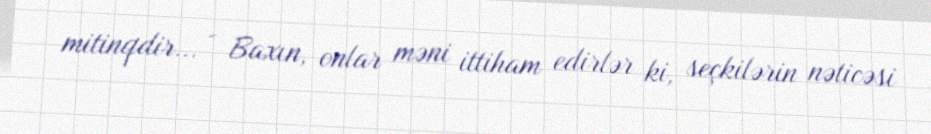
mitinqdir... - Baxın, onlar məni ittiham edirlər ki, seçkilərin nəticəsi